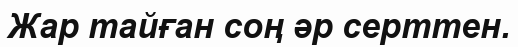
Жар тайған соң әр серттен.